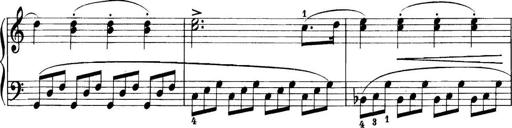
Title: 11 Sonatinas
Composer: Anton Diabelli